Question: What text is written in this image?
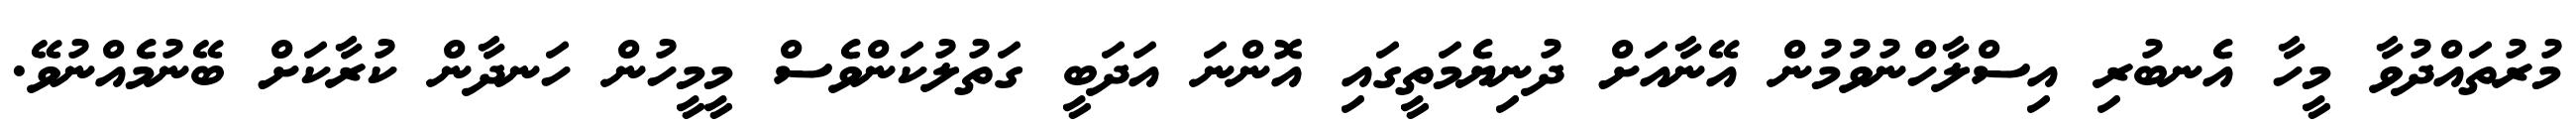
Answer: މުރުތައްދުވާ މީހާ އެނބުރި އިސްލާހްނުވުމުން އޭނާއަށް ދުނިޔެމަތީގައި އޮންނަ އަދަބީ ގަތުލުކަންވެސް މީމީހުން ހަނދާން ކުރާކަށް ބޭނުމެއްނުވޭ.